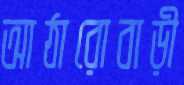
আঠারোবাড়ী